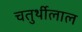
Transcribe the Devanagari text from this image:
चतुर्थीलाल